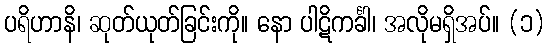
ပရိဟာနိ၊ ဆုတ်ယုတ်ခြင်းကို။ နော ပါဋိကင်္ခါ၊ အလိုမရှိအပ်။ (၁)